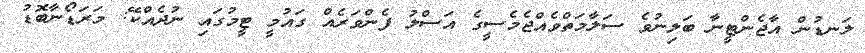
ލަނޑުން އާޖެންޓީނާ ބަލިނުވެ ސަލާމަތްވެއްޖެމެސީގެ އަސްލު ފެންވަރެއް ގައުމީ ޓީމުގައި ނުދެއްކޭ: މަރަޑޯނާބޮޑު